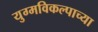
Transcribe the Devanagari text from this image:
युग्मविकल्पाच्या